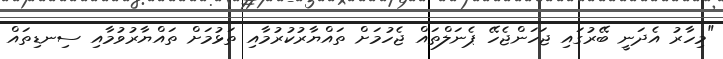
"މިހާރު އެދަނީ ބޭރުގައި ޖަހަންޖެހޭ ޕެނަލްތައް ޖެހުމަށް ތައްޔާރުކުރުމާއި ތަޅުމަށް ތައްޔާރުވުމާއި ސިނޑިތައް